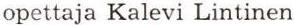
opettaja Kalevi Lintinen